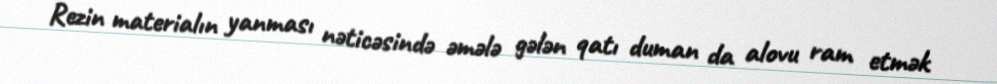
Rezin materialın yanması nəticəsində əmələ gələn qatı duman da alovu ram etmək